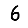
Digit: 6